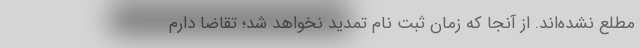
مطلع نشده‌اند. از آنجا که زمان ثبت نام تمدید نخواهد شد؛ تقاضا دارم